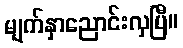
မျက်နှာညောင်းလှပြီ။